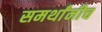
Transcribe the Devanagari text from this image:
समर्थांनीच